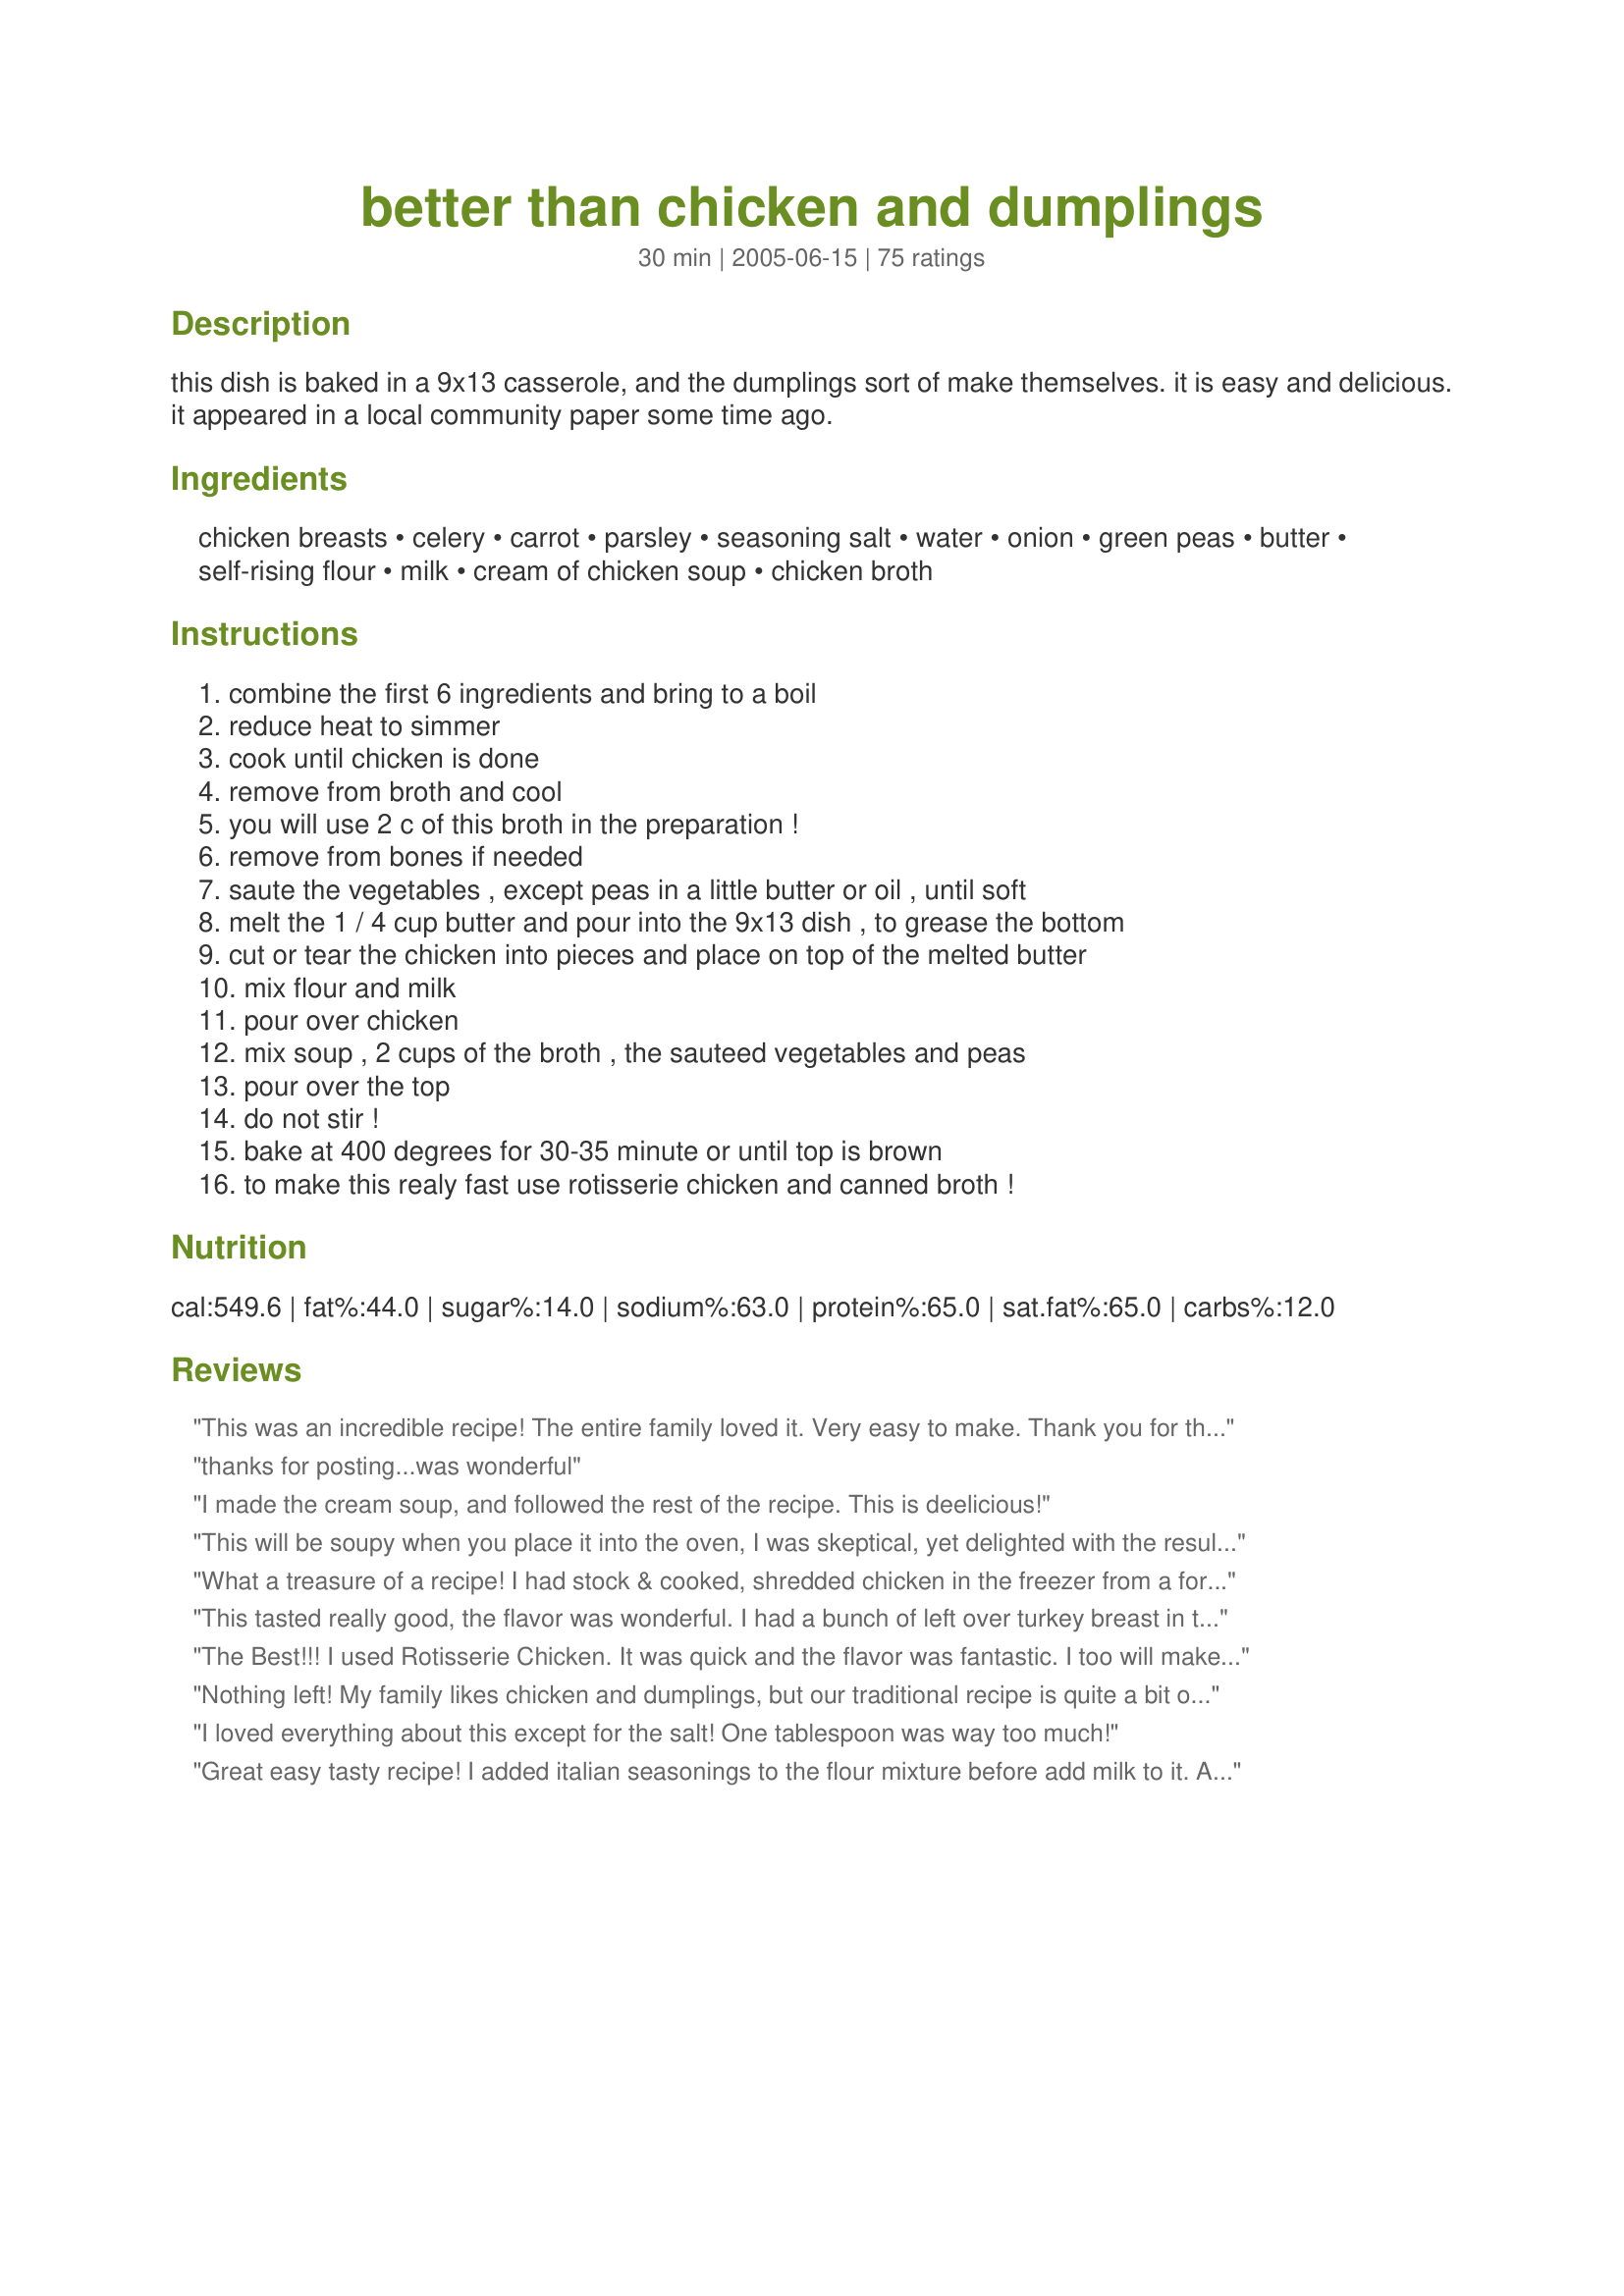
better than chicken and dumplings
Preparation time: 30 minutes

this dish is baked in a 9x13 casserole, and the dumplings sort of make themselves. it is easy and delicious.
it appeared in a local community paper some time ago.

Ingredients:
chicken breasts, celery, carrot, parsley, seasoning salt, water, onion, green peas, butter, self-rising flour, milk, cream of chicken soup, chicken broth

Steps:
combine the first 6 ingredients and bring to a boil, reduce heat to simmer, cook until chicken is done, remove from broth and cool, you will use 2 c of this broth in the preparation !, remove from bones if needed, saute the vegetables , except peas in a little butter or oil , until soft, melt the 1 / 4 cup butter and pour into the 9x13 dish , to grease the bottom, cut or tear the chicken into pieces and place on top of the melted butter, mix flour and milk, pour over chicken, mix soup , 2 cups of the broth , the sauteed vegetables and peas, pour over the top, do not stir !, bake at 400 degrees for 30-35 minute or until top is brown, to make this realy fast use rotisserie chicken and canned broth !

Reviews:
This was an incredible recipe! The entire family loved it. Very easy to make. Thank you for the new favorite meal of the house. They have already asked me to make it again tomorrow.
thanks for posting...was wonderful
I made the cream soup, and followed the rest of the recipe. This is deelicious!
This will be soupy when you place it into the oven, I was skeptical, yet delighted with the results. I am a Southern Lady who knows her chicken and dumplings and this recipe makes a meal filled with comfort and flavor. The first step in making the chicken stock and cooking the chicken really adds a lot of the flavor. I've seen chicken stock sold in cartons like broth in the stores, but I've never tried it. . . . it would save a little time in this preparation. And, yes, use fresh SR Flour or make your own - my dumplings were light as a feather. I followed several reviewers advice and made additional dumpling mixture and increased the stock. And, added a little poulry seasoning and garlic to the vegetable mixture (didn't add green peas). I enjoyed this meal so much, I doubt that I will roll out dumplings again. I don't agree that it tastes like chicken pot pie without the crust and I may add a little more chicken next time, personal preference. Chef Koechin, hats off to you.
What a treasure of a recipe! I had stock & cooked, shredded chicken in the freezer from a former cooking binge so this went together quickly and easily. Left out the peas, added a little fresh thyme and followed the rest of the recipe as written. The 3 of us ate pretty much all of it at one sitting. ;-) Thanks for sharing this KEEPER!
This tasted really good, the flavor was wonderful. I had a bunch of left over turkey breast in the freezer from Thanksgiving and this was a wonderful way to use it up. It was a little oily from all the butter. I felt like the recipe was poorly written and could have been done in a simpler, more direct manner. I felt confused and a bit overwhelmed by the directions and I'm an experienced cook. Plus it made a terrible mess of dishes. I'll make this again after I rewrite the directions and cut back on the butter. Thanks!
The Best!!! I used Rotisserie Chicken. It was quick and the flavor was fantastic. I too will make this often. Thanks for sharing this great recipe.
Nothing left! My family likes chicken and dumplings, but our traditional recipe is quite a bit of work. So when I saw this one, I had to give it a try. When the entire pan was gone, I realized I'd hit on a winner. (The taste and texture somewhat reminded us of a recipe my parents had tried from a Bob Evans restaurant.) The recipe didn't print out very well -- my printer was having problems -- and the first three steps didn't print at all, so I had to guess at the method in those steps. My guessing was a little off but it worked out well. We'll DEFINITELY have this one again! Thanks for sharing this easy and delicious recipe!
I loved everything about this except for the salt! One tablespoon was way too much!
Great easy tasty recipe! I added italian seasonings to the flour mixture before add milk to it. Also I double the about of "dumplings". There is never any leftovers at our house!
FANTASTIC!!! My family loved this meal!! For some reason my dumplings did not dumpling...more it just thickened the gravy!! I quickly made some garlic mashed potato!! This was perfect! THANK YOU THANK YOU! Another keeper!
L-O-V-E-D it! I didn't have parsley, so I just sprinkled a little of all of my green herbs. It was really easy to make and I will definitely do this again!
Delicious, easy, tasty - what more could you want in a recipe. I usually prefer my method of cooking chicken and dumplings because I like the kind of dumplings you roll flat and cut into squares before dropping them into the liquid mixture. However, with a 1 month old baby and a 4 year old daughter I don't have time to make that kind of recipe. Though I was skeptical, I made this recipe as it is written, but used rotisserie chicken that I shredded and organic chicken broth and threw in some fresh thyme. The dish was a snap to put together. I used a slightly smaller casserole dish than 9 x 13 so I baked this for 40 minutes - PERFECT. Dumplings were moist and plump and the chicken mixture was really delicious. Thank you thank you for saving this frazzled mom with this recipe! We will make it often for sure.
I found this recipe a few months ago when my 14 yr old suddenly decided he wanted to try chicken & dumplings. Remembering the last time I made them (which was more than 14 yrs ago I realize now!) and what a big, messy pain it was, I set out to find a simpler way. Well, this recipe was it and everybody loved it. I'm making it again tomorrow night. As suggested, when the top looks golden, it's done. Pull it out and let it rest for a couple minutes and you'll find it has a great texture sauciness.
Hubby and I just gobbled this up. Great comfort food that really hits the spot. Yes, it IS better than chicken and cumplings. The chicken was moist and tender. This is a keeper and I can't wait tomake it again. Thanks so much, Koechin.
WOW great Recipe! I wasn't sure about this dish based on some of the reviews and how this dish is put together. I agree it was very similar to Chicken pot pie which the family loves. I had left over chicken so I didn't simmer the chicken and used Chicken stock I had in the freezer. This had alot of flavor with little work. Thanks for a great recipe!
Just like a previous person stated, I let mine bake a little too long but it was still very good:) It turned out more like a pot pie...lol:)
Loved the technique, unfortunately, we didn't enjoy the dish at all. The chicken overcooked at the bottom and everything seemed overly salty.
Tasty and was colorful as well with the pretty peas and carrots. You could easily just cook the chicken in a little broth or even water, but the extra veggies gave it some good taste. I just poured those veggies from the chicken stock in with the rest since they still had some life in them. I also just put the baking dish with the butter in the microwave to melt so as not to use another dish. Mine didn't form into any sort of dumpling and next time might make more of the dough since mine was a bit soupy. (But then again chicken and dumplings usually is a little soupy...) Overall, tasty and doesn't take too long to make. Components can be made ahead of time, then assembled right before baking which is what I ended up doing. Looking forward to leftovers tomorrow!
mmmm. Whole family ate it up. Instead of s.r. flour, I used 1 c. of all purpose flour .5 tsp. salt and 1.5 tsp of baking powder, and I let it "proof" after I mixed in the milk. It bubbled up nicely before I poured, and it cooked into cobbler-like dumplings. Self-rising flour goes bad quickly, so if yours doesn't proof, then it's not going to make dumplings for you. I used thawed lima beans instead of peas to make the baby happy. And I precooked the chicken and veggies in the AM so it was a snap to put together in the evening. As I was eating the cold leftovers today, I thought that I could use turkey and add some poultry seasoning to the flour mix and get a thanksgiving dinner taste.
This turned out great! It was very easy to put together and came out hearty and creamy!! I followed the recipe exactly except for making my own self rising flour and sauteeing some minced garlic with the rest of the veggies. Thanks for posting!!
Wow, we loved this recipe. My 13yr old said : "OMG, this is mad awesome" I baked breasts in the oven and used swanson broth instead of boiling the chicken and reserving the broth and it worked great. We also added mushrooms to the veggies (a family favorite). We will make this recipe again and again.
I made this last night, VERY easy to put together. I cooked my chicken in the crockpot, so when I got home, I took it out and shredded it then followed the rest of the recipe. My dumplings didn't "dumple" but my DH said it tasted "dumplingly." I really liked it, but for our family, I am going to have to double it! We gave it a 3Â½ stars, but I can't really give it that here. Thanks, this one will definately be a keeper!
Tastewise, this is really good. It does end up quite runny, kind of like a stew. Yummy though!
Great recipe! Quick and easy and delicious - what more could you want. I always make a recipe as posted and then tweek it - no tweeking here! Just be sure to watch it to be sure that it doesn't dry out during the baking process.
Let me start off by saying it tasted good. It tasted like a chicken pot pie without the crust. I followed your recipe exactly but I didn't get any dumplings which I was longing for. This makes a lot for one person so I think I'll be eating it for sometime. I'll make some of it into a small pot pie and the rest I'll try over rice. 4 stars for the taste, can't judge for how it turned out since I am the only one who didn't get dumplings. I boo-booed some how.
I don't care for traditional chicken and dumplings but my husband kept asking for it so I tried this recipe and it's wonderful. I was very pleasantly surprised. It has enough dumpling to satisfy him without being overwhelming to me. I also like that it has a good amount of vegetables. This one's a keeper. Thanks
this was great! i used a rotisserie chicken and left out the celery. i made this ahead of time (i work nights) so my b/f could pop it in the oven when he was ready! it did just fine!
Wow! This was incredible! Very easy to make too. I boiled the chicken for 1 1/4 hours. I guess I just wanted to make sure it was cooked. Wonderful recipe and will definitely make it again. Thanks Koechin.
I'll make this again. I used Tony Chachere's for the seasoning salt. I boiled only two boneless, skinless chicken breasts, and that was plenty. I diced the cooked chicken fairly finely in the food processor, which spread the chicken consistently throughout the dish. I used olive oil instead of butter, and it worked fine.

Next time I plan to experiment with replacing the canned cream of chicken soup with some other thickening ideas, because I really want to avoid all those preservatives in canned food. I may add milk or cream. I will puree the veggies that boiled in the broth with the chicken and add that as a thickener, along with a little extra broth and maybe a bit of corn starch. Another idea would be to find a good cream of chicken soup recipe and use that.
Fantastic!!! Thank you so very much...reminds my hubby of chicken a la king...excellent...I added some mushrooms and a touch of sherry it was excellent...thanks again will definitely make again.
Very rich and delicious. I added a chicken bouillion cube, salt and pepper, and a dash of garlic powder, used Bisquick for the flour, and sprinked cheddar cheese on top before serving. Yum. Next time I mad make a little more batter because I like more crust.
Wow what an easy tasty dish. My family of 5 inclding 2 children finished it off in one sitting. I did add extra vegetables, used chicken thighs and added seasonings to the dumpling mix. I wanted to make it early in the day and bake it later. I e-mailed Chef Koechin and he/she didn't advise it. But it turned out great even though I had to do a partial pre prep it was still great! Thanks! Bonnie
This was really good. It was easy to make and truned out yummy!
Oh yum. What can I say, this was delicious AND easy. It don't get no better than that! The only change I made was using thigh meat, just because that's what I had on hand. This will definitely be a repeat recipe at our house.
Great dish! Family loved it. Definitely will be making this one again. Thanks
Made this yesterday and we cleaned up the whole thing! Delicious!I didn't change much - instead of the tablespoon of seasoning salt, I added a bit less regular salt, along with some pepper and dried thyme. Mine kind of stuck to the dish on the bottom, but never mind. We managed to scrape up enough to make us all happy. I'm sure this will be a regular meal for us when the cold weather hits again. Thanks!
5 star for taste, but 3 star for the way the recipe is written. I agree with a previous reviewer that this was too confusing. This is how I "rewrote" it...I fried all of the veggies (not in two separate ways) in the butter, then I mixed it with the seasoned salt, cream of chicken soup, and two cups of chicken broth after it was cooked. I fried the chicken separately and sprayed the pan with Pam. I cooked for 35 minutes. The taste was delicious, though the dumplings were a little weird as it was more of a layer of dumpling then regular ones. I would probably make this again, but I would use my directions above vs. the ones written!
This is a very good and is a great quick fix if you are hungry for chicken and dumplings. N.B. - to those reviewers who said it was soupy and did not form dumplings - you have to use self-rising flour in this recipe, no other flour will work - ALSO - self-rising flour goes stale after a while and will not "rise" if it is stale. If you have had the self-rising flour for more than 6 months (or don't know how long you've had it), it is probably stale, so throw it out and buy new self-rising flour before you try to make this recipe :)
Loved this!! Didn't quite know what to expect, but found it as easy and delicious as promised, got my DH to do steps 1 - 4 earlier in the day, and the rest was quickly put-together when I got home. Another family favourite! I served it with rice and garlic green beans.
I made this one to freeze for my boyfriend to take for lunches. He gives it 4 stars and a yummy. I like that making your own broth is built into the recipe and it is a good wholesome meal. I also used the recipe for self-rising flour rather than buying it.
I loved this recipe! I did change a few things...I used 98% fat free Cream of Mushrooms soup instead of the cream of chicken and I reduced the amount of butter to just enough to coat the bottom of the dish. Even with these reduced fat changes this dish was fabulous..I will be making this again. It's so much easier than my other recipe for chicken and dumplings! Thanks Koechin
Oh Boy! This recipe is wonderful! I&#039;ve made it a couple of times now, and we love it! The leftovers are even better the next day. I used buttermilk in the biscuit mix, and did everything else as the recipe states. I made my own self rising flour, and it worked perfectly. You do NOT have to use self rising flour! One cup flour, 1 1/2 tsp. baking powder, 1/2 tsp. salt. I also added a little sage. The recipe is a little hard to follow, so I printed it out and made things easier for me to follow as I was making it. Thanks for posting! We love it!
One word.......DELICIOUS! I used one cup frozen peas and carrots which i sauteed first..I put the peas & carrots on top of the chicken and then added the flour and milk and then the soup mixture.....I did increase the flour and milk to 1 1/2 cups each because I like alot of dumplings/dough......first time I have ever made a casserole and there was nothing left....one more thing, it taste more like a chicken pot pie than chicken & dumplings, but soooooo good..Thank you for posting!!!!!!!!!
This was so yummy!! Reminded me of a chicken pot pie type dish. Hubby loved it, and we will be adding this to our rotation for sure! Thanks for sharing
Pretty good! I skipped the butter and spray some olive oil on the dish instead. The "dumplings" stuck to the pan as a result, but were delicious nice and browned. I added some ground pepper. Next time I may add some more spices to give it more kick.
Convenient comfort food! I have made this dish several times, making small alterations for convenience and to accommodate what I had on hand. It has turned out delicious EVERY time. In place of the chicken breasts, I often use canned chicken, with perhaps not equal, but satisfying results. Rather than boiling the first six ingredients as the recipe states (if using regular chicken breasts), I simply saute the celery, onion and carrot and mix it with the soup, 2 cups of water and some chicken soup base/bouillon in place of actual chicken broth. In place of the self-rising flour, I use 1 c flour, 1/2 tsp salt and 1 1/2 tsp baking powder. I do follow the same basic assembly instructions as the recipe states, but first putting the melted butter in the pan, then the chicken, then the flour and milk mixture, and lastly the soup/vegetable mixture. Thank you for sharing this fabulous recipe, Koechin! I think I'll go make it again right now! Yum!
I love this, my kids love this and so does hubby! Although he would prefer steak ;)
If you don't have self rising flour try this: to make 1 cup of self-rising flour, take 1 cup all-purpose flour and add 1-1/2 teaspoons baking powder and 1/2 teaspoon salt.
4/2012 had 1/2 rotisserie chicken and fixed a large (for 2) casserole. perhaps my flour was a tad old, but the "biscuits" didn't quite rise -- but provided a left-over meal for a few days -- tasty and easy <br/><br/>Lovely Comfort-Food !! I had 2 BIG rotisserie chicken breasts (left over) and made the rest according to recipe directions. Did not have self-rising flour, so made my own with 1 1/2 tsp. baking powder and 1/2 tsp salt per cup of flour(according to Google), and it worked just fine. Sprayed the casserole with butter-spray instead of melted butter. Made an enjoyable Monday night supper. Thanks, Chef Koechin.
We loved the smell and taste of this, but our flour batter didn't rise over the gravy veggie mix. Still, I froze the leftovers to have when hubby travels. I don't have a clue what happened to it though.
Very tasty and so easy to make. I made it exactly as directed. Thank you for sharing!
This was FANTASTIC, So easy to make!!!!!!!!!! I was kinda worried to see how the "dumplings" where going to turn out but they came out great. The dish did on the other hand take almost an extra hour to cook! But i defintly think it was worth it. IT kinda tasted like chicken pot pie with out the pie haha
My family really enjoyed this recipe, so yummy! It wasn't difficult at all to make, though I too was confused at first about what to do with the chix broth I'd bought. After reading through the recipe a couple of times I realized that what you cook the chix in IS the broth--so the canned broth I had bought is reserved for another use. I didn't have fresh parsley, so I used about a 1/2 tsp. of dried, and it worked out fine. Will definitely be making again.
This was easy and so deliciuos! My DH and DD really raved over this. I don't eat meat, but couldn't help scooping up some of the delicious sauce,vegs. and "dumplings"! Thank you for a dish I will make often!
I used dry mixes for this recipe and it is still great. For the self-rising flour I used recipe # 5247. For the milk I substituted dry milk, stirred it into the flour mixture and used chicken broth for the liquid instead of water. I substituted Homemade Cream Soup Mix Recipe #77240 for the Cream of Chicken Soup. Also, added no seasoning salt or parsley to the recipe and used frozen chopped peas and carrots defrosted under running water.

It is important to stop the recipe early enough. When the top is brown there will still be quite a bit of liquid. The liquid does set up upon cooling. If you continue to bake past the top is brown state the recipe will be a bit dry and more casserole/potpie like, instead of Chicken and Dumpling like. Still good either way though.
I spent a wet Sunday afternoon in the kitchen with my 3 year old helping me make this-it was so easy,and he had a ball!! Everybody loved it and we'll be doing it again,although next time I think I may well add some mushrooms and corn to it too,as I think they will make it even better!! Thanks.
Easy recipe!
Very good! We loved it. I had to cook for longer than stated and was worried that it wouldn't set up with all the liquid, but it turned out great. Thanks for posting.
This is absolutely delicious! I made a couple of mistakes but I just might make them again. I thought I had seasoning salt and I didn't. So I threw garlic powder, salt, pepper, parsley flakes and a seasoning table blend in. I thought I needed to buy chicken broth in the can(dumb me) and after I added it in I said "What am I suppose to do with those veggies that I boiled with the chicken?" So I ended up draining them and adding the spices and veggies to the rest of the vegetables. I used skinless breast so it is probably better with the bought broth. DELICIOUS!!! A definite keeper in my house! Thank you!!!
We really enjoyed this recipe! I baked my chicken using recipe #234465 and used canned chicken broth. I thought I had cream of chicken soup but only had cream of celery so I used that and left out the celery ~ I did add the peas. This really tastes like chicken pot pie to me without all the fuss. It's super easy to put together and even easier to eat. This would be a great dish to take to a potluck. Thanks for posting!
I am sorry but I do not agree with the name or the reviews. This recipe lacked flavor other than the soup. I have made this 3x; once exactly and twice with variations, and each time it fell short. VERY SHORT. 3 strikes, you&#039;re out.
Wife and I literally scoffed this dish up, it was so tasty. Went exactly by the recipe and had a bonus of some left over great chicken stock for a future meal. Thanks, K, for this wonderful dish.
I was surprised how good this was! :) I made some 1 change, I used c of mushroom instead of c of chicken since I didn't have c of c on hand. I made this the night before and was worried that it would cause the dumplings not to form, but it didn't. It was really good and the perfect comfort food.
My whole family enjoyed this recipe. Was very easy to make. Would definitely make again. The second time that I made this, I used julienned carrots and broccoli instead of onions and peas. Was really good. The batter didn't rise over the broccoli but it was underneath and was still awesome tasting. Next time I will double the recipe.
Very good..I had to make my own self rising flour and cream of chicken soup. The kids loved it. This is a winner.
We thought this was pretty good. It was very liquidy when I pulled it out of the oven, but did set up more upon cooling. It was not really what I was expecting- it seemed to be a creamy, chunky soup, but somewhat lacking in flavor. I would have preferred more "dumplings," so if I do make this again, I think I will increase the milk and flour mixture.
Great dinner for cold weather. I used leftover chicken so skipped the boil steps. Thanks for a tasty dinner!
This turned out really good. Tasted like a chicken pot pie. It was a little bit more work to put together than chicken pot pie, but the flavor was good
This was very good. Next time I would like more dumplings, so maybe I could add more of the mixture. I prefer my regular dumplings, but this is good for a quick dinner if the craving hits.
This was deeeelicious. Very easty to put together. I had to use cream of celery soup, because that's all I had on hand and I added some diced red peppers that needed to be used up. It's a keeper. :)
We really liked this easy casserole. I left the peas out this time but next time I will add them. I tasted the chicken before adding it in the casserole and it had a very nice flavor. I thought the chicken would make a nice sandwich and I am going to give it a try. 

Thanks Koechin (Chef)

Bullwinkle.
This was very good and hit the spot on a cold wet evening here. I added 1/2 an onion and two bay leaves to the chicken while cooking it and upped the veggies to 3/4 cup each and used Healthy Request soup.Also used cooking spray in the pan to decrease the calories and fat content a little. Thanks for posting this, Koechin!
This turned out to be really good, the pickiest person in the world (my oldest son), even liked this, his only complaint was that there were no potatoes in it, so next time i will put potatoes in this. i used recipe 234465 for the chicken, store bought organic chicken broth, recipe 5247 for self rising flour, and i did add 1/2 tsp of poultry seasoning and 1/4 tsp of white pepper to the soup and veg mixture. I've always heard that home made broth is much better than store bought, so the next time i make this i will make sure i have enough time to cook chicken and broth the way you have it written here. Thank you for sharing this recipe.
Very good indeed! I come from a family who has always done the type of dumplings that you roll out and cut. This was not the same type of thing, but still very good! DH and DD both immediately said "chicken pot pie?" when I set it in front of them, and that was ok too! Everyone ate and enjoyed this dish so that makes it a winner around here. I used a rotisserie chicken from Sam's Club as I decided to try this at the last minute. I don't keep self rising flour on hand so I used one of the ones listed here on 'Zaar and that worked well too! Thanks for a great dish!
To me, this was more reminiscent of Chicken Pot Pie than Chicken and Dumplings. Whatever you want to call it, it was DELICIOUS!! I made the recipe as written, except I used a rotisserie chicken and canned broth, and I added some canned mushrooms with the chicken layer. I will definitely make this again, and I think next time I will add some diced potatoes with the onions, celery and carrots.
